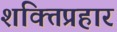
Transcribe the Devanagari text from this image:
शक्तिप्रहार